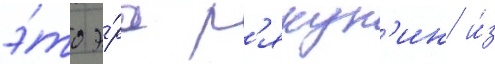
э́то э́ра р'якун'ин и́з